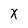
Character: x